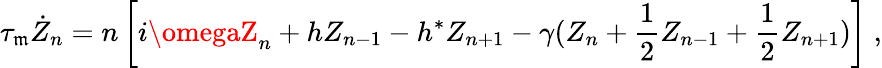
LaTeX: \tau_{\mathfrak{m}}\dot{{Z}}_{n}=n\left[i\omegaZ_{n}+hZ_{n-1}-h^{*}Z_{n+1}-\gamma(Z_{n}+\frac{{1}}{{2}}Z_{n-1}+\frac{{1}}{{2}}Z_{n+1})\right]\; ,